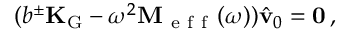
( b ^ { \pm } \mathbf { K } _ { \mathrm { G } } - \omega ^ { 2 } \mathbf { M } _ { \mathrm { ~ e ~ f ~ f ~ } } ( \omega ) ) \hat { \mathbf { v } } _ { 0 } = \mathbf { 0 } \, ,